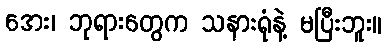
အေး၊ ဘုရားတွေက သနားရုံနဲ့ မပြီးဘူး။